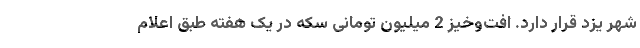
شهر یزد قرار دارد. افت‌وخیز 2 میلیون تومانی سکه در یک هفته طبق اعلام